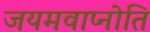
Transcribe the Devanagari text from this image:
जयमवाप्नोति